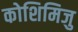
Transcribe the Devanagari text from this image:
कोशिमिजु